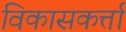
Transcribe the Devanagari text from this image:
विकासकर्त्ता